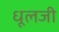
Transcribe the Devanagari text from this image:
धूलजी